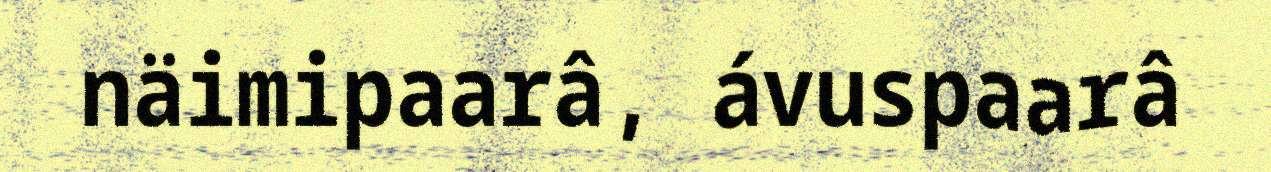
näimipaarâ, ávuspaarâ